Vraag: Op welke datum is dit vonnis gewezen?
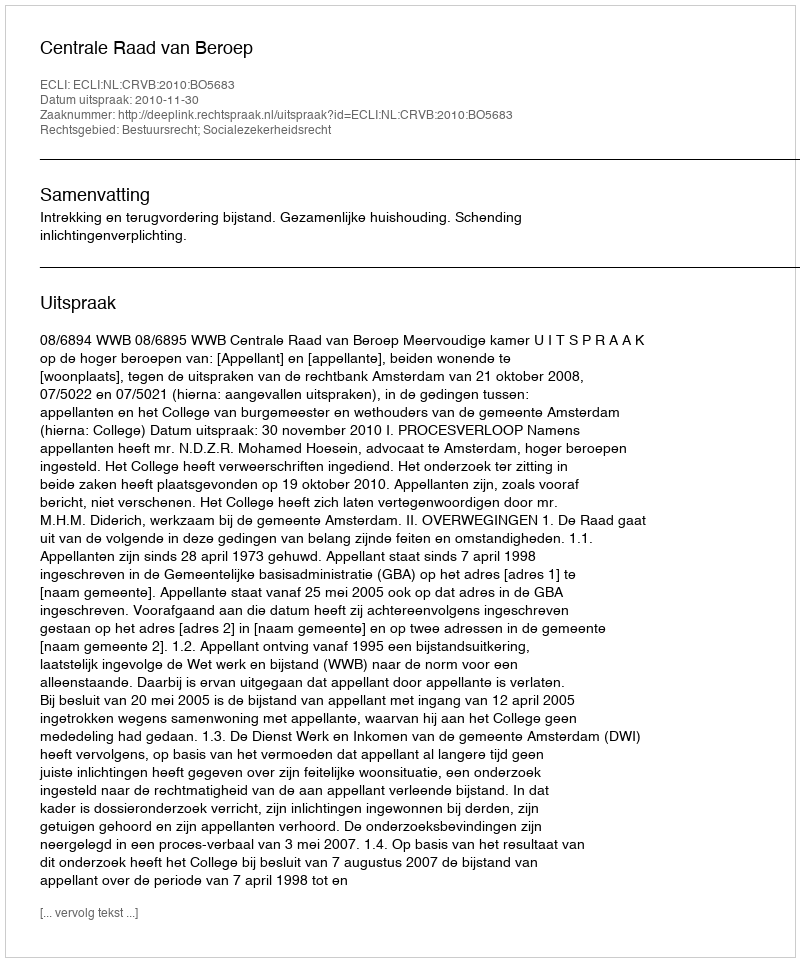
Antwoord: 2010-11-30